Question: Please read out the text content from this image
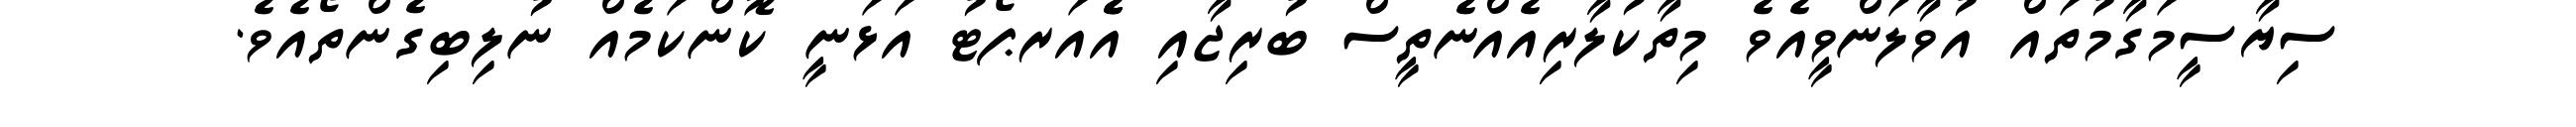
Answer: ސިޔާސީމަގާމުތައް އުވާލަންވީއެވެ މިތާކުލާރިއެއްނެތީސް ބުރިޖާއި އެެއަރޕޯޓު އަޅަނީ ކޮންކަމެއް ނުލިބިގެންތޯއެވެ.